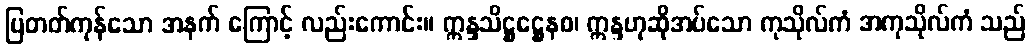
ပြတတ်ကုန်သော အနက် ကြောင့် လည်းကောင်း။ ဣန္ဒသိဋ္ဌဋ္ဌေနစ၊ ဣန္ဒဟုဆိုအပ်သော ကုသိုလ်ကံ အကုသိုလ်ကံ သည်